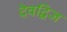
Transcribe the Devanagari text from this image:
देवद्विज